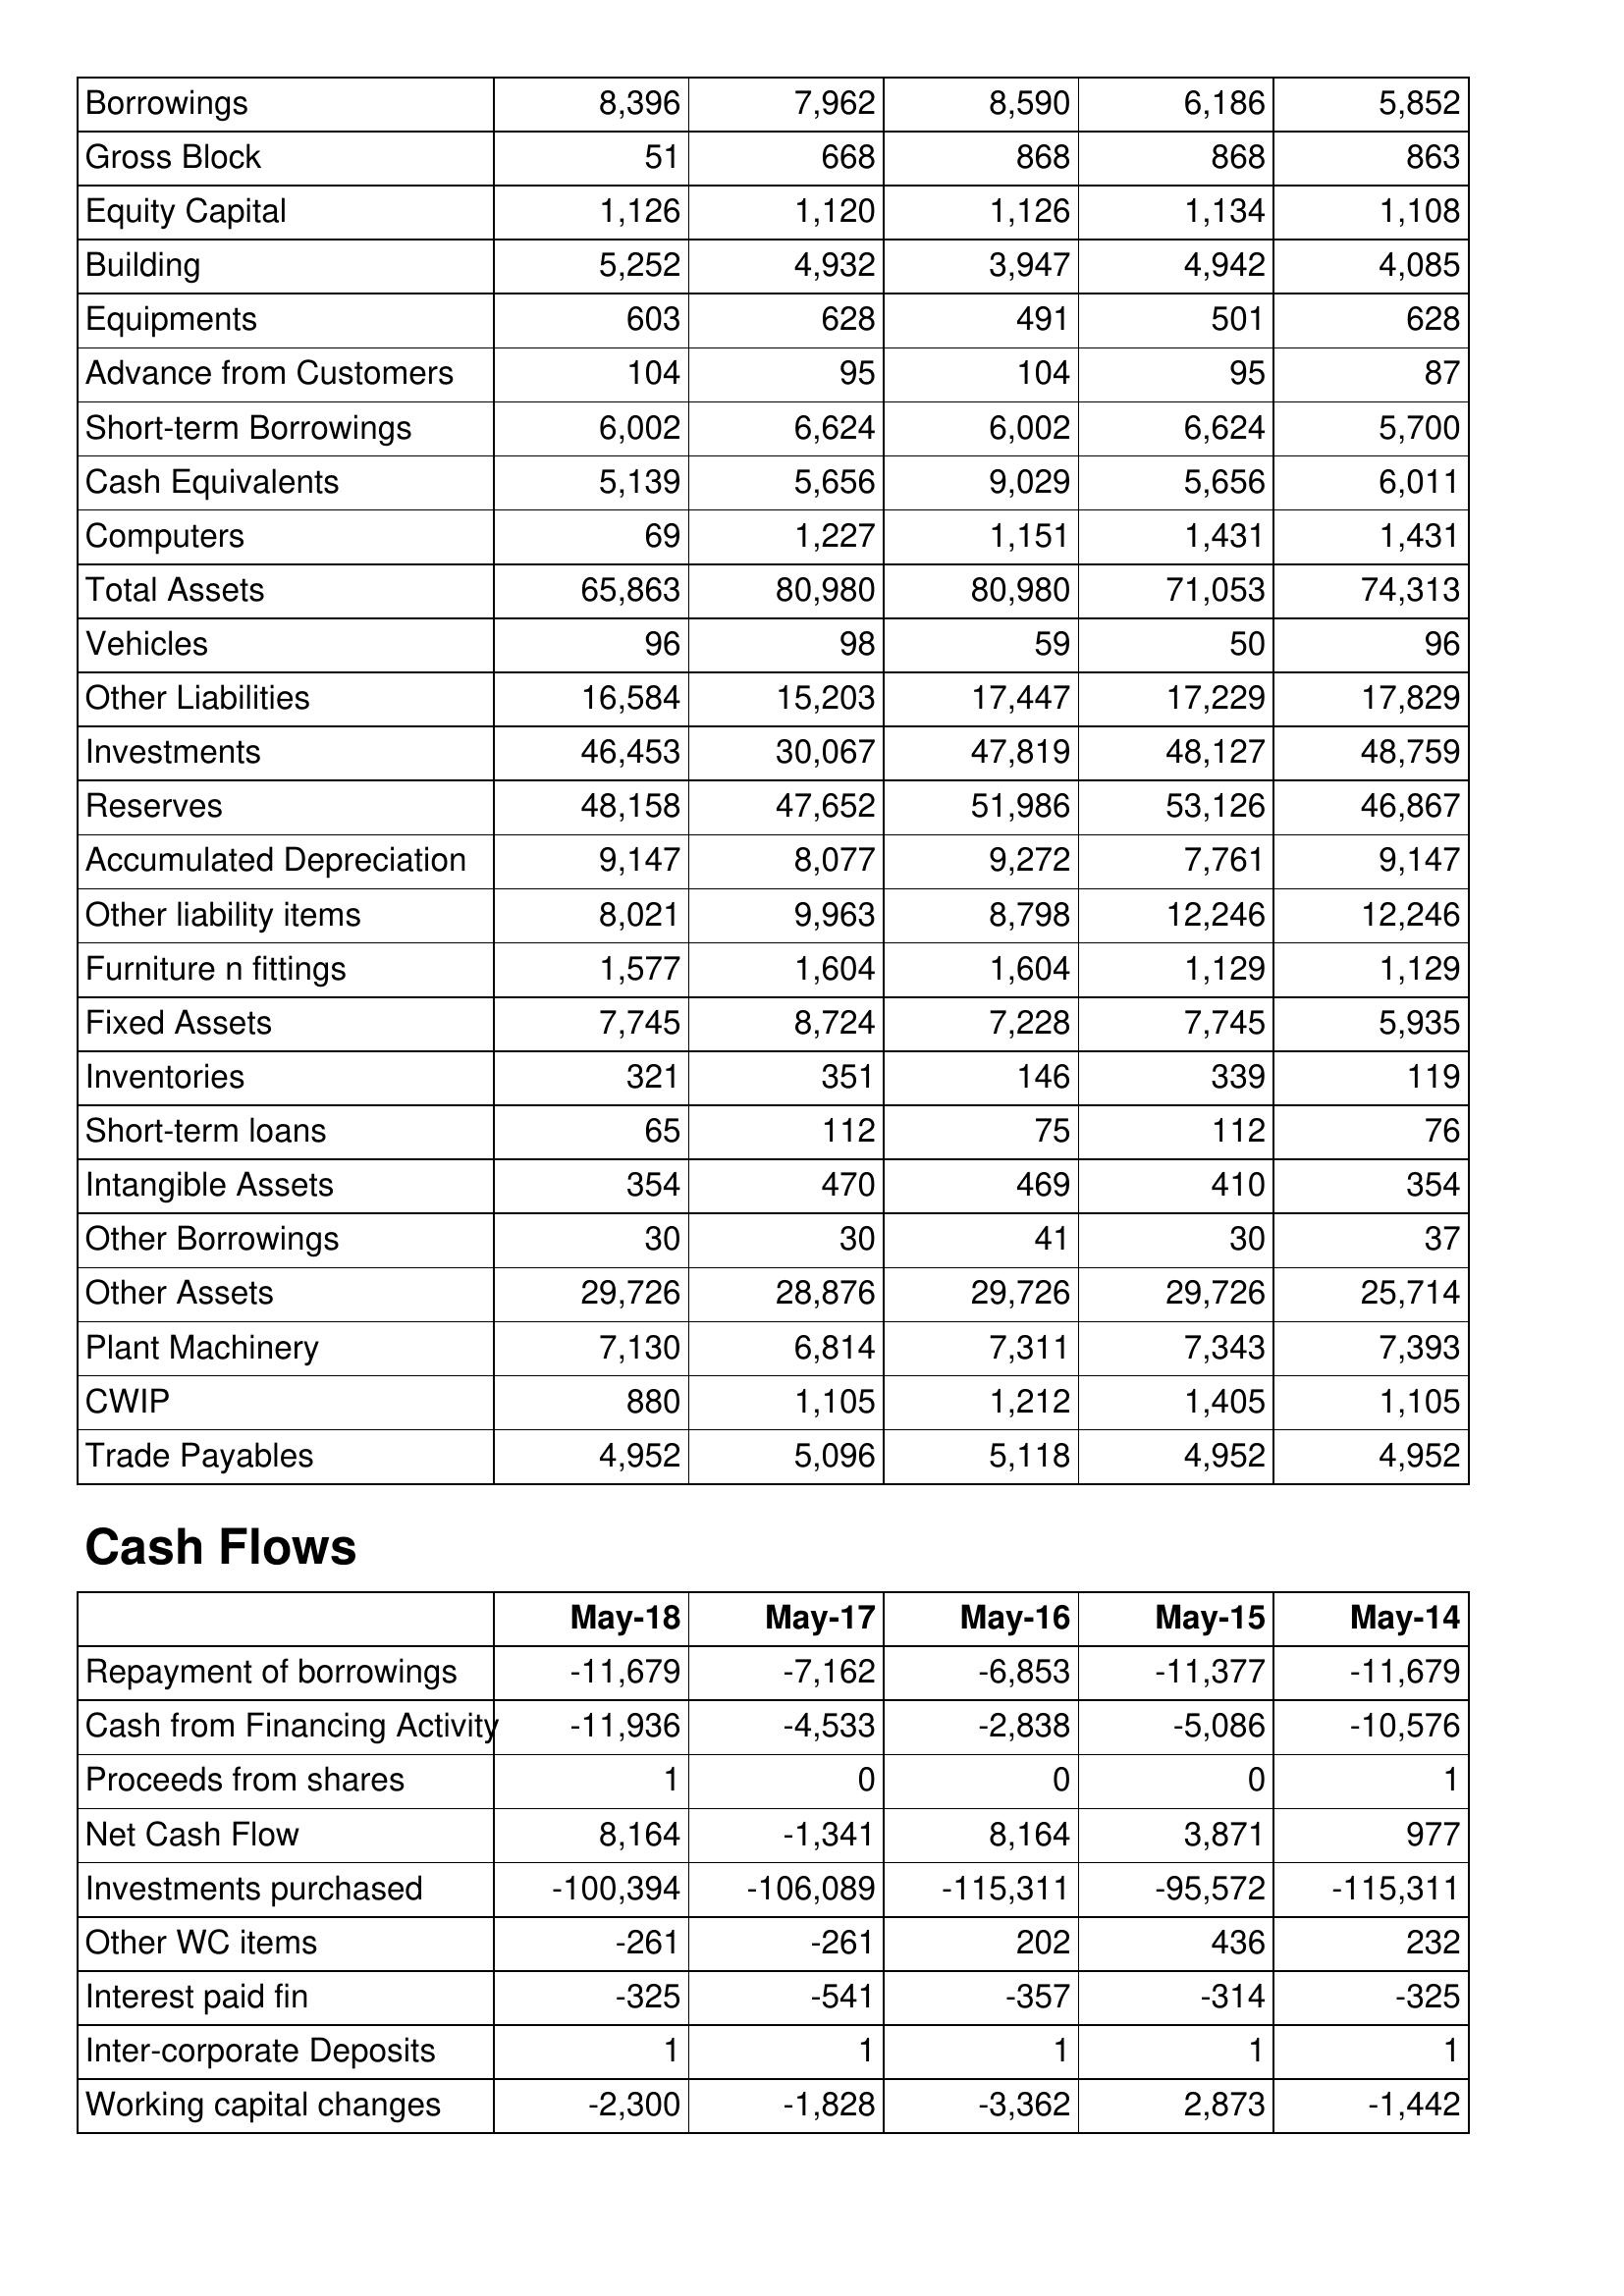
May-18: Balance Sheet: Borrowings: 8,396
Gross Block: 51
Equity Capital: 1,126
Building: 5,252
Equipments: 603
Advance from Customers: 104
Short-term Borrowings: 6,002
Cash Equivalents: 5,139
Computers: 69
Total Assets: 65,863
Vehicles: 96
Other Liabilities: 16,584
Investments: 46,453
Reserves: 48,158
Accumulated Depreciation: 9,147
Other liability items: 8,021
Furniture n fittings: 1,577
Fixed Assets: 7,745
Inventories: 321
Short-term loans: 65
Intangible Assets: 354
Other Borrowings: 30
Other Assets: 29,726
Plant Machinery: 7,130
CWIP: 880
Trade Payables: 4,952
Cash Flows: Repayment of borrowings: -11,679
Cash from Financing Activity: -11,936
Proceeds from shares: 1
Net Cash Flow: 8,164
Investments purchased: -100,394
Other WC items: -261
Interest paid fin: -325
Inter-corporate Deposits: 1
Working capital changes: -2,300
May-17: Balance Sheet: Borrowings: 7,962
Gross Block: 668
Equity Capital: 1,120
Building: 4,932
Equipments: 628
Advance from Customers: 95
Short-term Borrowings: 6,624
Cash Equivalents: 5,656
Computers: 1,227
Total Assets: 80,980
Vehicles: 98
Other Liabilities: 15,203
Investments: 30,067
Reserves: 47,652
Accumulated Depreciation: 8,077
Other liability items: 9,963
Furniture n fittings: 1,604
Fixed Assets: 8,724
Inventories: 351
Short-term loans: 112
Intangible Assets: 470
Other Borrowings: 30
Other Assets: 28,876
Plant Machinery: 6,814
CWIP: 1,105
Trade Payables: 5,096
Cash Flows: Repayment of borrowings: -7,162
Cash from Financing Activity: -4,533
Proceeds from shares: 0
Net Cash Flow: -1,341
Investments purchased: -106,089
Other WC items: -261
Interest paid fin: -541
Inter-corporate Deposits: 1
Working capital changes: -1,828
May-16: Balance Sheet: Borrowings: 8,590
Gross Block: 868
Equity Capital: 1,126
Building: 3,947
Equipments: 491
Advance from Customers: 104
Short-term Borrowings: 6,002
Cash Equivalents: 9,029
Computers: 1,151
Total Assets: 80,980
Vehicles: 59
Other Liabilities: 17,447
Investments: 47,819
Reserves: 51,986
Accumulated Depreciation: 9,272
Other liability items: 8,798
Furniture n fittings: 1,604
Fixed Assets: 7,228
Inventories: 146
Short-term loans: 75
Intangible Assets: 469
Other Borrowings: 41
Other Assets: 29,726
Plant Machinery: 7,311
CWIP: 1,212
Trade Payables: 5,118
Cash Flows: Repayment of borrowings: -6,853
Cash from Financing Activity: -2,838
Proceeds from shares: 0
Net Cash Flow: 8,164
Investments purchased: -115,311
Other WC items: 202
Interest paid fin: -357
Inter-corporate Deposits: 1
Working capital changes: -3,362
May-15: Balance Sheet: Borrowings: 6,186
Gross Block: 868
Equity Capital: 1,134
Building: 4,942
Equipments: 501
Advance from Customers: 95
Short-term Borrowings: 6,624
Cash Equivalents: 5,656
Computers: 1,431
Total Assets: 71,053
Vehicles: 50
Other Liabilities: 17,229
Investments: 48,127
Reserves: 53,126
Accumulated Depreciation: 7,761
Other liability items: 12,246
Furniture n fittings: 1,129
Fixed Assets: 7,745
Inventories: 339
Short-term loans: 112
Intangible Assets: 410
Other Borrowings: 30
Other Assets: 29,726
Plant Machinery: 7,343
CWIP: 1,405
Trade Payables: 4,952
Cash Flows: Repayment of borrowings: -11,377
Cash from Financing Activity: -5,086
Proceeds from shares: 0
Net Cash Flow: 3,871
Investments purchased: -95,572
Other WC items: 436
Interest paid fin: -314
Inter-corporate Deposits: 1
Working capital changes: 2,873
May-14: Balance Sheet: Borrowings: 5,852
Gross Block: 863
Equity Capital: 1,108
Building: 4,085
Equipments: 628
Advance from Customers: 87
Short-term Borrowings: 5,700
Cash Equivalents: 6,011
Computers: 1,431
Total Assets: 74,313
Vehicles: 96
Other Liabilities: 17,829
Investments: 48,759
Reserves: 46,867
Accumulated Depreciation: 9,147
Other liability items: 12,246
Furniture n fittings: 1,129
Fixed Assets: 5,935
Inventories: 119
Short-term loans: 76
Intangible Assets: 354
Other Borrowings: 37
Other Assets: 25,714
Plant Machinery: 7,393
CWIP: 1,105
Trade Payables: 4,952
Cash Flows: Repayment of borrowings: -11,679
Cash from Financing Activity: -10,576
Proceeds from shares: 1
Net Cash Flow: 977
Investments purchased: -115,311
Other WC items: 232
Interest paid fin: -325
Inter-corporate Deposits: 1
Working capital changes: -1,442